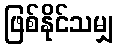
ဖြစ်နိုင်သမျှ